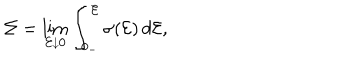
\Sigma = \lim _ { { \cal E } \downarrow 0 } \int _ { 0 _ { - } } ^ { \cal E } \sigma ( { \cal E } ) \, d { \cal E } ,